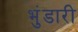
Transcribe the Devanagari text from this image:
भुंडारी